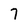
Character: 7